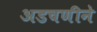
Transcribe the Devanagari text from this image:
अडचणीने